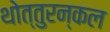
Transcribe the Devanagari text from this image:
थोत्तुरन्कल